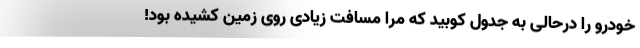
خودرو را درحالی به جدول کوبید که مرا مسافت زیادی روی زمین کشیده بود!